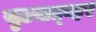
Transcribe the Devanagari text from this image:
सुटसत्व्हर